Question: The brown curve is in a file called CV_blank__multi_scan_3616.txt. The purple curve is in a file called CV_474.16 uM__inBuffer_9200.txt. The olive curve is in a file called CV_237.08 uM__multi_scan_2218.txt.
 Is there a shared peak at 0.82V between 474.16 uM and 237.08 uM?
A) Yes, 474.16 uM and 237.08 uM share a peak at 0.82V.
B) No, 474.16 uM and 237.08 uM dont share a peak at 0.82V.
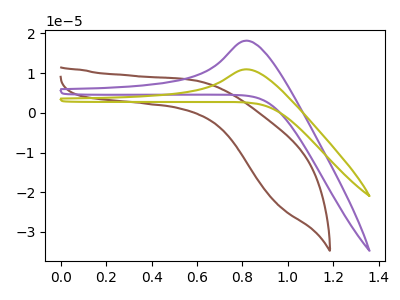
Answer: <think>The brown curve "blank" has no peaks. The purple curve "474.16 uM" has an anodic peak at: (0.80V, 18.20uA). The olive curve "237.08 uM" has an anodic peak at: (0.80V, 10.95uA).</think>
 <answer>A) Yes, "474.16 uM" and "237.08 uM" share a peak at 0.82V.</answer>
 <eval>A</eval>